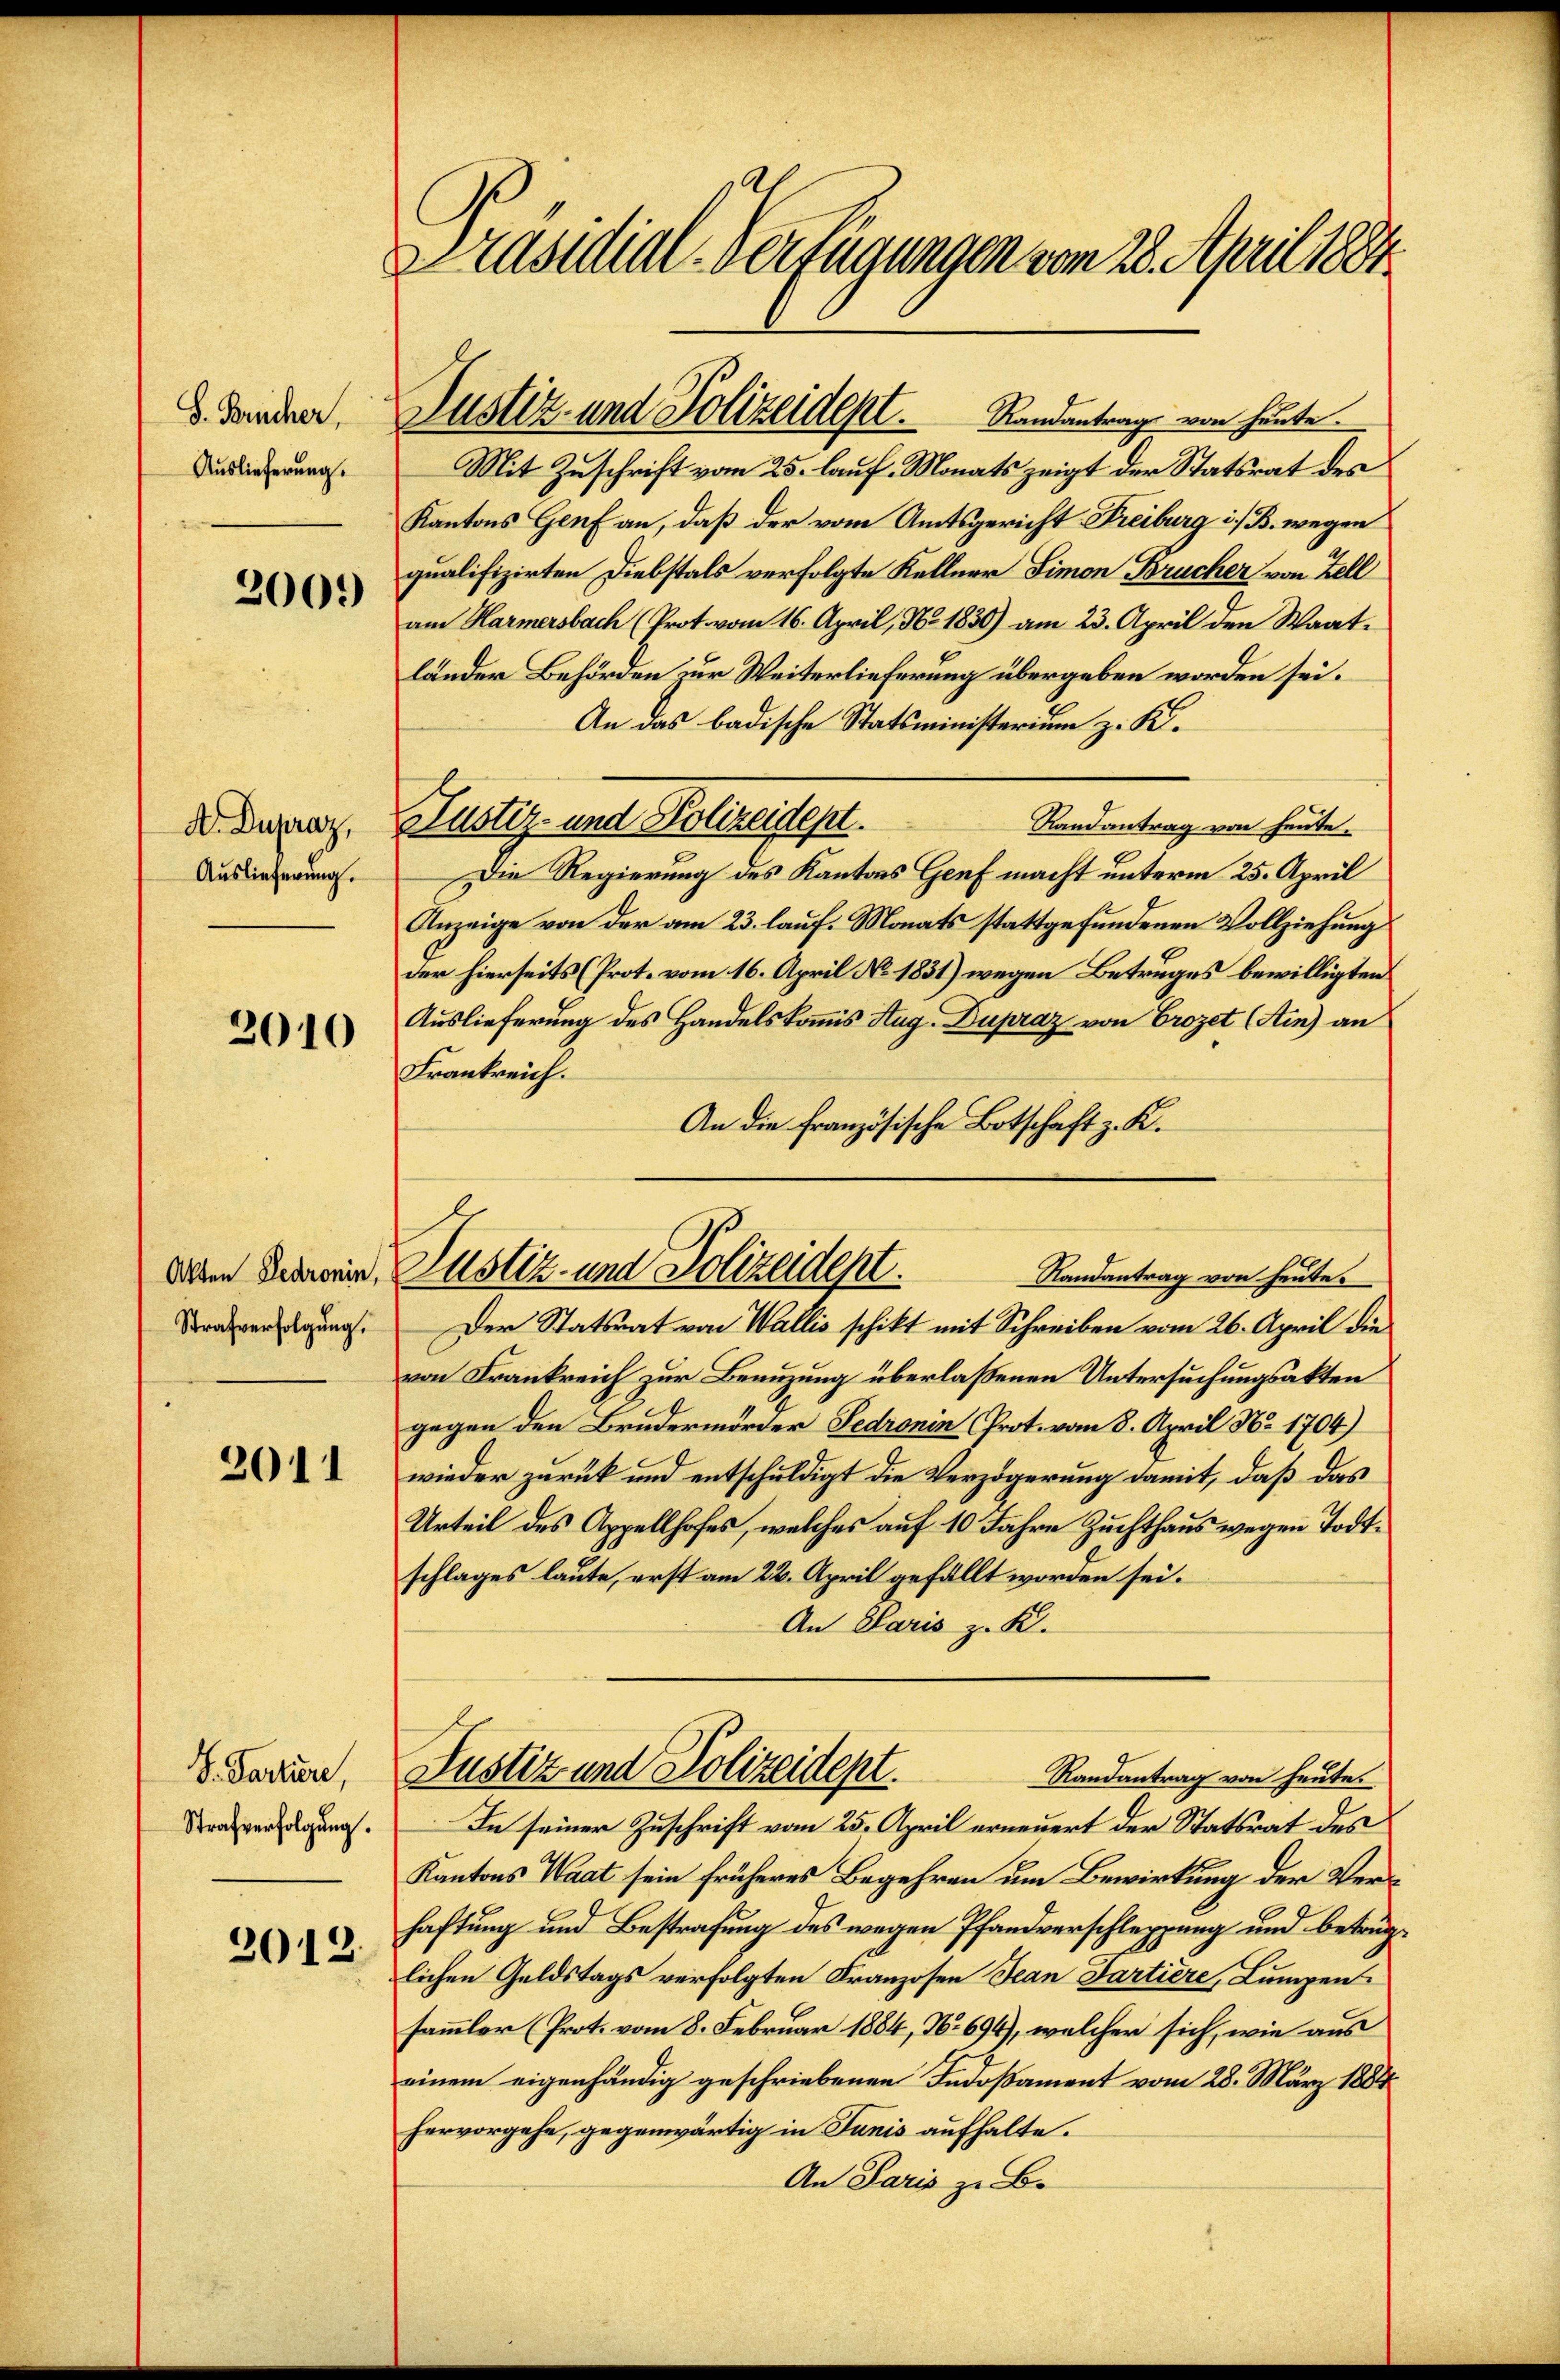
S. Berücher,
Auslieferung.

2001)

A. Dupraz,
Auslieferung.

2010

Akten Bedronin,
Strafverfolgung.

3011

S. Partiere,
Strafverfolgung.

2012.

Präsidial-Verfügungen vom 28. April 1881

Justiz- und Polizeidept. Randantrag von heute.

Mit Zuschrift vom 25. lauf Monats zeigt der Statsrat des
Kantons Genf an, daß der vom Amtsgericht Freiburg i. B. wegen
qualifizirten Diebstals verfolgte Kellner Simon Brucher von Zell
am Harmersbach (Prot. vom 16. April, No. 1830) am 23. April den Waatländer Behörden zur Weiterlieferung übergeben worden sei.
An das badische Statsministerium z. K.
Justiz- und Polizeidept.
Randantrag von heute.
Die Regierung des Kantons Genf macht unterm 25. April
Anzeige von der am 23. lauf. Monats stattgefundenen Vollziehung
der hierseits (Prot. vom 16. April No 1831) wegen Betruges bewilligten
Auslieferung des Handelskomis Aug. Dupraz von Prozet (Ain) an
Frankreich.
An die französische Botschaft z. K.
Der Statsrat von Wallis schikt mit Schreiben vom 26. April die
von Frankreich zur Benuzung überlaßenen Untersuchungsakten
gegen den Brudermörder Fedronin (Prot. vom 8. April No 1704)
wieder zurück und entschuldigt die Verzögerung damit, daß das
Urteil des Appellhofes, welches auf 10 Jahre Zuchthaus wegen Todtschlages laute, erst am 22. April gefällt worden sei.
An Paris z. K.
Justiz und Polizeident.
Randantrag von heute.
In seiner Zuschrift vom 25. April erneuert der Statsrat des
Kantons Waat sein früheres Begehren um Bewirkung der Verhaftung und Bestrafung des wegen Pfandverschleppung und betrüglichen Geldstags verfolgten Franzosen Jean Partiere, Lumpen
sammler (Prot. vom 8. Februar 1884, No 696), welcher sich, wie aus
einem eigenhändig geschriebenen Indoßament vom 28. März 1884
hervorgehe, gegenwärtig in Junis aufhalte.
An Paris zu B.

Justiz- und Polizeident.
Randantrag von heute.